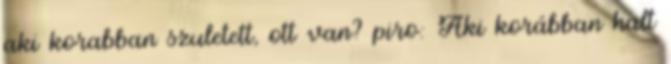
aki korabban szuletett, ott van? piro: Aki korábban halt